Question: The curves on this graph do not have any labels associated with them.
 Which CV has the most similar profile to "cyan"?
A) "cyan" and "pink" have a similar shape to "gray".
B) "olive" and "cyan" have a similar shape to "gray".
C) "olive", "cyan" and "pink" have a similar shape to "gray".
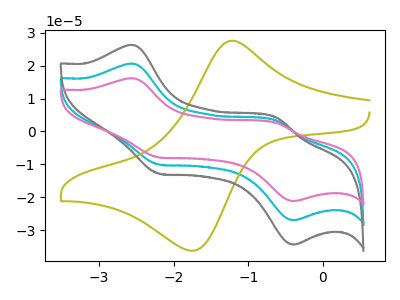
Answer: <think>The cyan curve "cyan" has anodic peaks at (-2.55V, 20.70uA) (-0.60V, 3.25uA) and cathodic peaks at (-2.20V, -10.05uA) (-0.40V, -27.00uA). The olive curve "olive" has an anodic peak at (-1.25V, 27.60uA) and a cathodic peak at (-1.70V, -36.20uA). The gray curve "gray" has anodic peaks at (-2.55V, 26.35uA) (-0.60V, 4.20uA) and cathodic peaks at (-2.20V, -12.80uA) (-0.40V, -34.45uA). The pink curve "pink" has anodic peaks at (-2.55V, 41.35uA) (-0.60V, 6.55uA) and cathodic peaks at (-2.20V, -20.05uA) (-0.40V, -54.00uA).
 "cyan" and "olive" have a different number of peaks. All the peaks in "cyan" have a peak in "gray" at the same potential. Every peak in "cyan" is lower than every peak in "gray". All the peaks in "cyan" have a peak in "pink" at the same potential. Every peak in "cyan" is lower than every peak in "pink". "olive" and "gray" have a different number of peaks. "olive" and "pink" have a different number of peaks. All the peaks in "gray" have a peak in "pink" at the same potential. Every peak in "gray" is lower than every peak in "pink".</think>
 <answer>A) "cyan" and "pink" have a similar shape to "gray".</answer>
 <eval>A</eval>